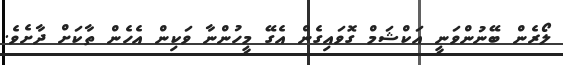
ލޯރެން ބޭނުންވަނީ އަކްޝަމް ގޮވައިގެން އެގޭ މީހުންނާ ވަކިން އެހެން ތާކަށް ދާށެވެ.